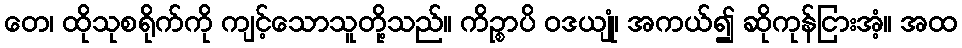
တေ၊ ထိုသုစရိုက်ကို ကျင့်သောသူတို့သည်။ ကိဉ္စာပိ ဝဒယျုံ၊ အကယ်၍ ဆိုကုန်ငြားအံ့။ အထ